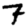
Digit: 7